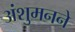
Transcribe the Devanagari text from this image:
अंशुमनने